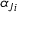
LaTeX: \ \alpha _ { J i }